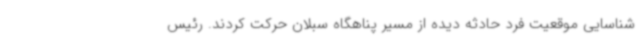
شناسایی موقعیت فرد حادثه دیده از مسیر پناهگاه سبلان حرکت کردند. رئیس